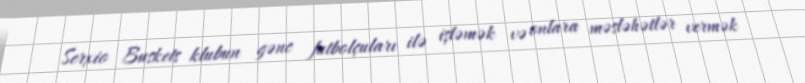
Serxio Buskets klubun gənc futbolçuları ilə işləmək və onlara məsləhətlər vermək